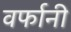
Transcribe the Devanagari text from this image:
वर्फानी